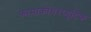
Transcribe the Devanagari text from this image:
फामाकोथेरप्यूटिक